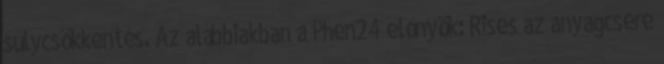
súlycsökkentés. Az alábbiakban a Phen24 előnyök: Rises az anyagcsere